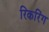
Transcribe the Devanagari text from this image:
रिकरिंग